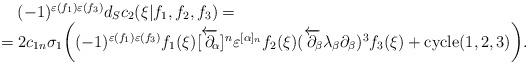
LaTeX: \begin{align*}\begin{array}{l}\,\,\,\,\,\,(-1)^{\varepsilon(f_1)\varepsilon(f_3)}d_Sc_2(\xi|f_1,f_2,f_3)=\\=2c_{1n}\sigma_1\biggl((-1)^{\varepsilon(f_1)\varepsilon(f_3)}f_1(\xi)[\overleftarrow\partial\!\!_\alpha]^n\varepsilon^{[\alpha]_n}f_2(\xi)(\overleftarrow\partial\!\!_\beta\lambda_\beta\partial_\beta)^3f_3(\xi)+\hbox{cycle}(1,2,3)\biggr).\end{array}\end{align*}